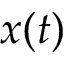
x ( t )